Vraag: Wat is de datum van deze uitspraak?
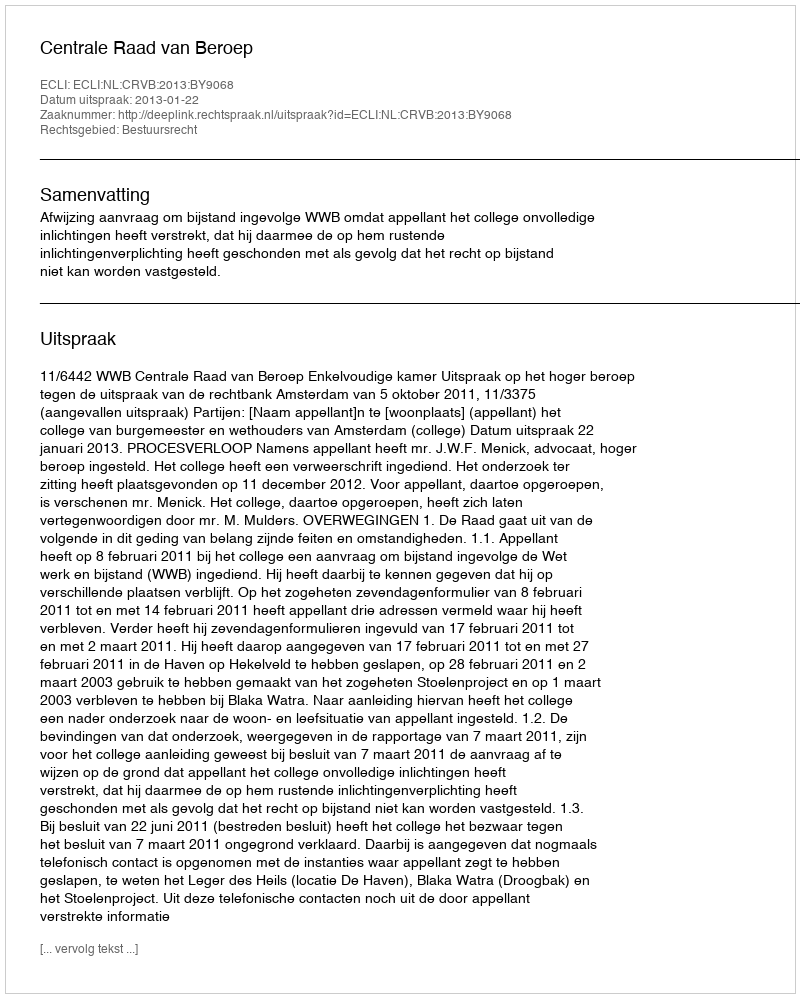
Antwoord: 2013-01-22